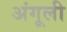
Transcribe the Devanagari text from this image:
अंगूली